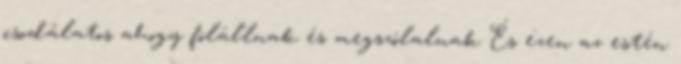
csodálatos ahogy fölállnak és megszólalnak És ezen az estén